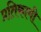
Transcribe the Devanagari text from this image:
प्रतिकामी